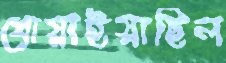
ধোয়াইয়াছিল